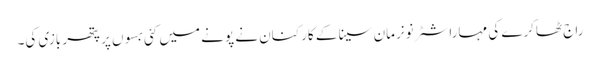
راج ٹھاکرے کی مہاراشٹر نونرمان سینا کے کارکنان نے پونے میں کئی بسوں پر پتھر بازی کی۔